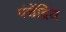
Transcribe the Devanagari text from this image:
पंचेंद्रिय